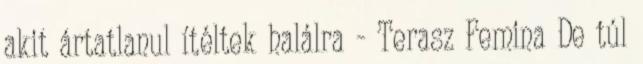
akit ártatlanul ítéltek halálra - Terasz Femina De túl